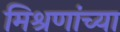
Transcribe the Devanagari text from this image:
मिश्रणांच्या